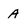
Character: A